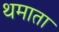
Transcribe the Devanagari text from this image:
थमाता